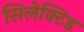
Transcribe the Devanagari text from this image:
सिलेक्टिड